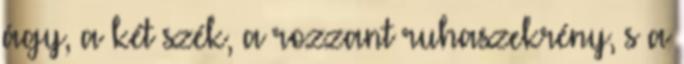
ágy, a két szék, a rozzant ruhaszekrény, s a